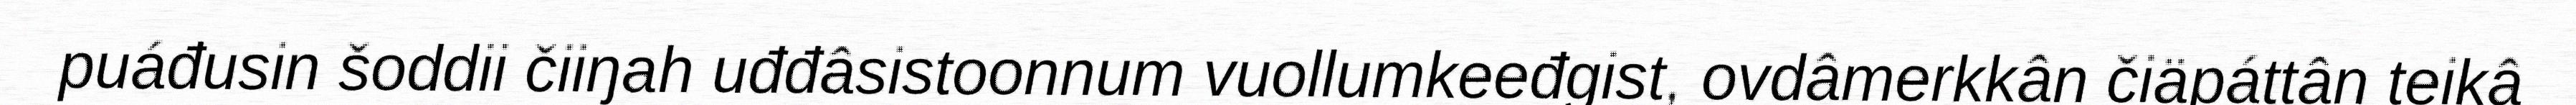
puáđusin šoddii čiiŋah uđđâsistoonnum vuollumkeeđgist, ovdâmerkkân čiäpáttân teikâ